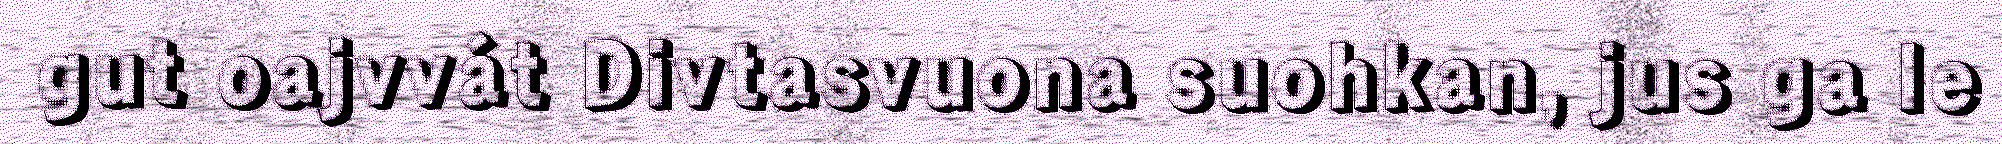
gut oajvvát Divtasvuona suohkan, jus ga le